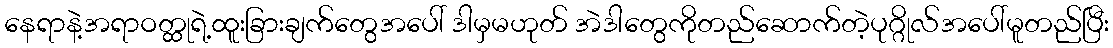
နေရာနဲ့အရာဝတ္ထုရဲ့ထူးခြားချက်တွေအပေါ် ဒါမှမဟုတ် အဲဒါတွေကိုတည်ဆောက်တဲ့ပုဂ္ဂိုလ်အပေါ်မူတည်ပြီး